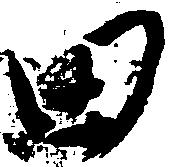
田